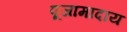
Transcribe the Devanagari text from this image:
पूजामादाय